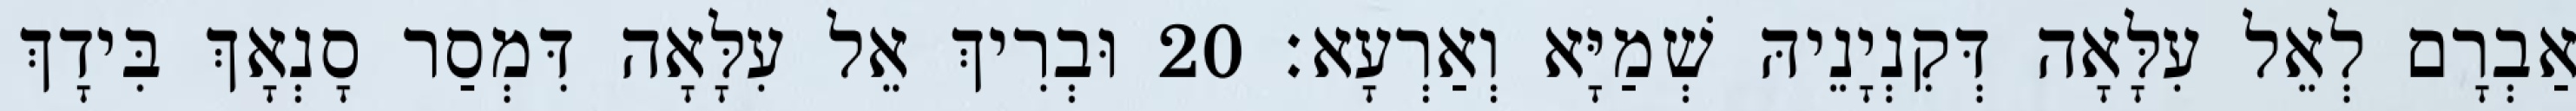
אַבְרָם לְאֵל עִלָּאָה דְּקִנְיָנֵיהּ שְׁמַיָּא וְאַרְעָא׃ 20 וּבְרִיךְ אֵל עִלָּאָה דִּמְסַר סָנְאָךְ בִּידָךְ